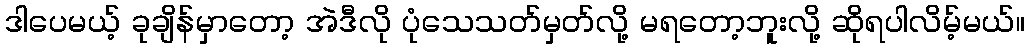
ဒါပေမယ့် ခုချိန်မှာတော့ အဲဒီလို ပုံသေသတ်မှတ်လို့ မရတော့ဘူးလို့ ဆိုရပါလိမ့်မယ်။